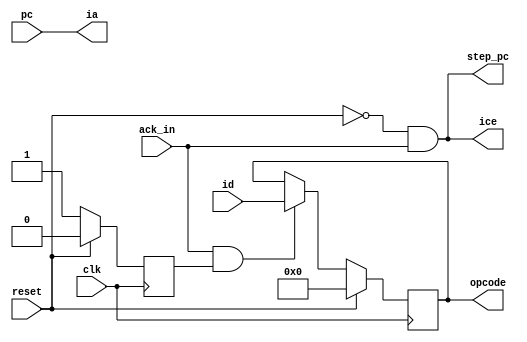
module StageIFetch (
	clk,
	reset,

	pc,

	ice,
	ia,
	id,

	step_pc,

	opcode,
	ack_in
);

	parameter A_WIDTH = 12;
	parameter D_WIDTH = 8;

	input clk;
	input reset;

	input      [A_WIDTH - 1:0] pc;

	output                     ice;
	output     [A_WIDTH - 1:0] ia;
	input      [D_WIDTH - 1:0] id;

	output                     step_pc;

	output reg [D_WIDTH - 1:0] opcode;

	input                      ack_in;

	assign ia  = pc;
	assign ice = !reset && ack_in;

	/*
	 * step_pc=1 means that at the _next_ cycle PC will be
	 * increased. Thus, if we will do a successful fetch
	 * _now_, we should increase it _then_.
	 */
	assign step_pc = !reset && ack_in;

	reg prefetched;

	always @(posedge clk) begin
		if (reset) begin
			prefetched <= 0;

			opcode     <= 0;
		end else begin
			prefetched <= 1'b1;

			if (ack_in && prefetched)
				opcode <= id;
		end
	end

endmodule